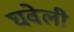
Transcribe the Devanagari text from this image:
घवेली